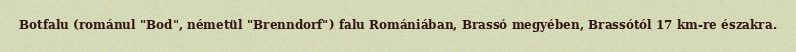
Botfalu (románul "Bod", németül "Brenndorf") falu Romániában, Brassó megyében, Brassótól 17 km-re északra.